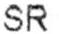
SR